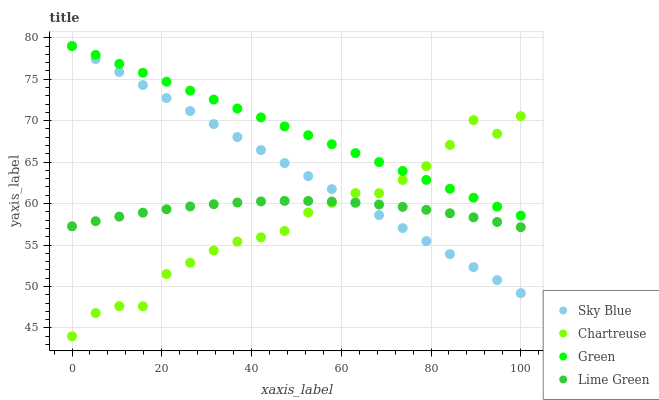
| xaxis_label | Sky Blue | Chartreuse | Green | Lime Green |
 | --- | --- | --- | --- | --- |
 | 0 | 79 | 44 | 79 | 57.3 |
 | 5.26 | 77.4 | 46.8 | 77.9 | 57.9 |
 | 10.5 | 75.9 | 47.6 | 76.8 | 58.4 |
 | 15.8 | 74.3 | 47.6 | 75.8 | 58.9 |
 | 21.1 | 72.7 | 51.5 | 74.7 | 59.3 |
 | 26.3 | 71.2 | 52.9 | 73.6 | 59.7 |
 | 31.6 | 69.6 | 54.3 | 72.5 | 59.9 |
 | 36.8 | 68 | 55.4 | 71.5 | 60.1 |
 | 42.1 | 66.5 | 55.9 | 70.4 | 60.3 |
 | 47.4 | 64.9 | 56.7 | 69.3 | 60.3 |
 | 52.6 | 63.3 | 58.9 | 68.2 | 60.3 |
 | 57.9 | 61.7 | 60.1 | 67.2 | 60.2 |
 | 63.2 | 60.2 | 61.3 | 66.1 | 60.1 |
 | 68.4 | 58.6 | 61.3 | 65 | 59.9 |
 | 73.7 | 57 | 62.9 | 63.9 | 59.6 |
 | 78.9 | 55.5 | 64.5 | 62.9 | 59.3 |
 | 84.2 | 53.9 | 67.1 | 61.8 | 58.8 |
 | 89.5 | 52.3 | 70.1 | 60.7 | 58.3 |
 | 94.7 | 50.8 | 68.4 | 59.6 | 57.8 |
 | 100 | 49.2 | 70.5 | 58.6 | 57.2 |